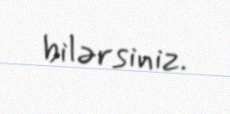
bilərsiniz.